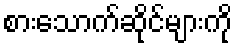
စားသောက်ဆိုင်များကို